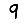
Digit: 9